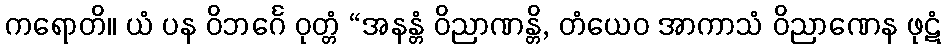
ကရောတိ။ ယံ ပန ဝိဘင်္ဂေ ဝုတ္တံ “အနန္တံ ဝိညာဏန္တိ, တံယေဝ အာကာသံ ဝိညာဏေန ဖုဋံ